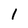
Character: 1